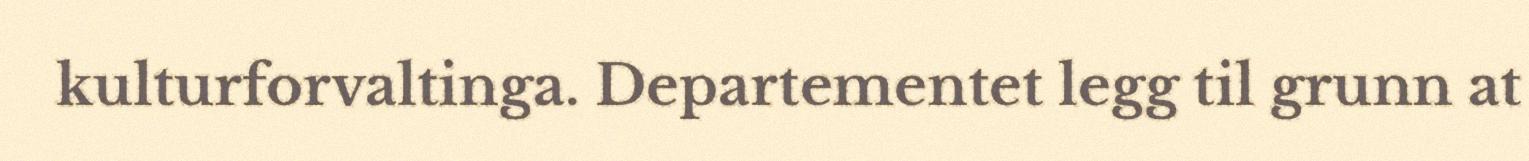
kulturforvaltinga. Departementet legg til grunn at